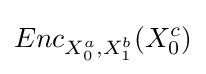
Enc_{X_{0}^{a},X_{1}^{b}}(X_{0}^{c})